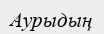
Аурыдың